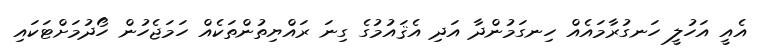
އެއީ އަހުލީ ހަނގުރާމައެއް ހިނގަމުންދާ އަދި އެޤައުމުގެ ގިނަ ރައްޔިތުންތަކެއް ހަމަޖެހުން ހޯދުމަށްޓަކައި